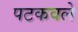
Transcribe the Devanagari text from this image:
पटकवले